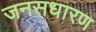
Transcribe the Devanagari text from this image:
जनसधारण